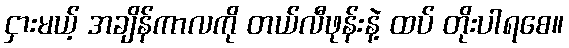
ငှားမယ့် အချိန်ကာလကို တယ်လီဖုန်းနဲ့ ထပ် တိုးပါရစေ။